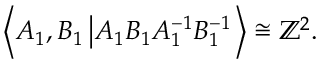
\left\langle A _ { 1 } , B _ { 1 } \left| A _ { 1 } B _ { 1 } A _ { 1 } ^ { - 1 } B _ { 1 } ^ { - 1 } \right. \right\rangle \cong \mathbb { Z } ^ { 2 } .